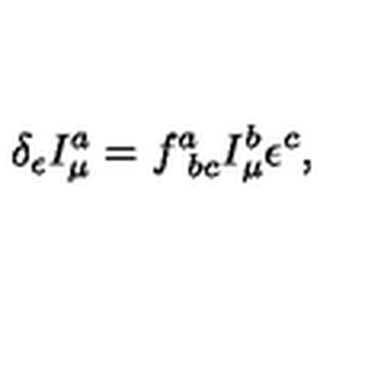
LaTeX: \delta _ { \epsilon } I _ { \mu } ^ { a } = f _ { \ b c } ^ { a } I _ { \mu } ^ { b } \epsilon ^ { c } ,